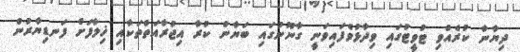
ދިޔާނާ ކުރެއްވި ޓުވީޓުގައި ވިދާޅުވެފައިވަނީ ގާނޫނުގައި ބަޔާން ކުރާ އިޖުރާއަތްތަކާއި ޚިލާފަށް ފަނޑިޔާރުން